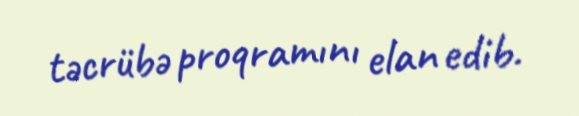
təcrübə proqramını elan edib.